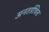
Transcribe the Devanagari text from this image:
अनतर्ग्रथित